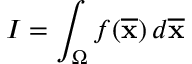
I = \int _ { \Omega } f ( { \overline { { \mathbf { x } } } } ) \, d { \overline { { \mathbf { x } } } }